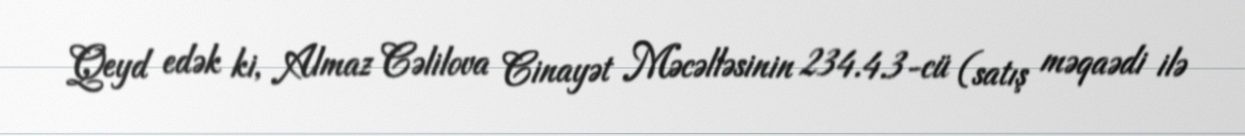
Qeyd edək ki, Almaz Cəlilova Cinayət Məcəlləsinin 234.4.3-cü (satış məqaədi ilə